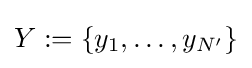
Y:=\{y_{1},\dots ,y_{N'}\}